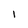
Character: 1